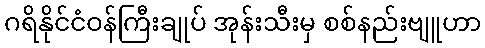
ဂရိနိုင်ငံဝန်ကြီးချုပ် အုန်းသီးမှ စစ်နည်းဗျူဟာ